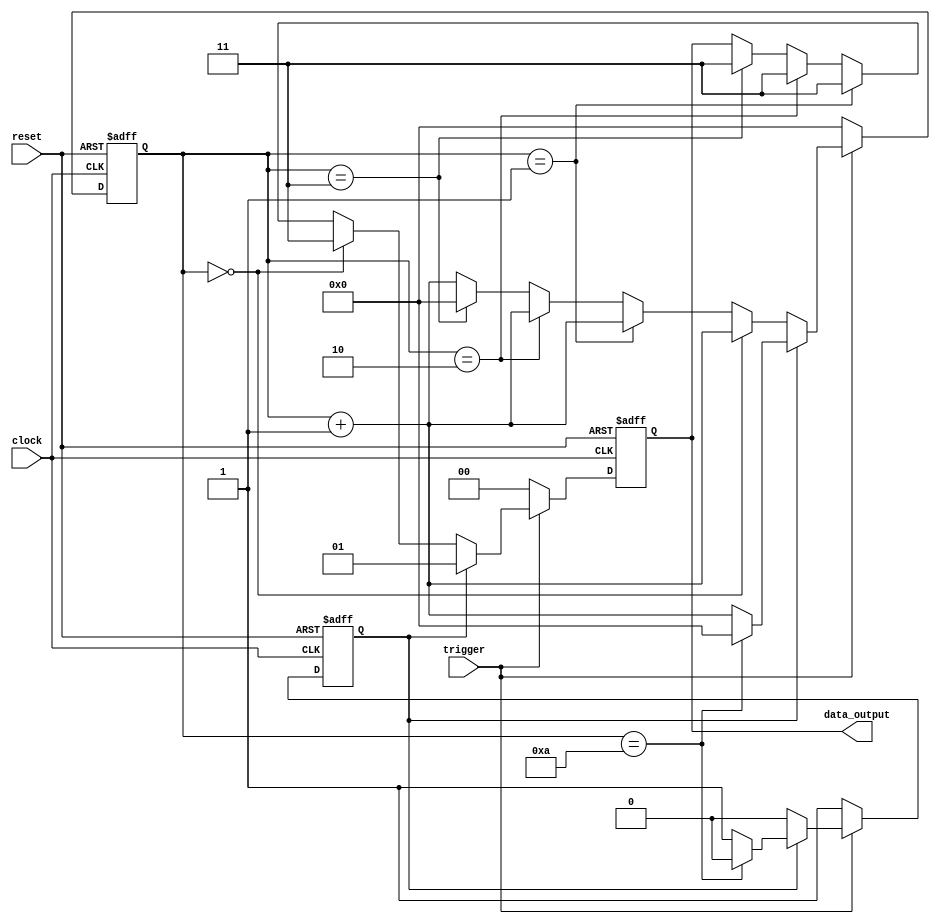
///////////////////////////////////////////////////////////////////////////////////////////////////
// Company: <Name>
//
// File history:
//      <Revision number>: <Date>: <Comments>
//      <Revision number>: <Date>: <Comments>
//      <Revision number>: <Date>: <Comments>
//
// Description: 
//
// <Description here>
//
// Targeted device: <Family::IGLOO> <Die::AGLN250V2> <Package::100 VQFP>
//
/////////////////////////////////////////////////////////////////////////////////////////////////// 
//`timescale <time_units> / <precision>

module data_dqpsk_generator( clock, reset, trigger, data_output );
input clock, reset, trigger;
output reg[1:0] data_output;

reg preamble;
reg[7:0] counter;

always @(posedge clock or negedge reset)
begin
    if (!reset)
    begin
        data_output <= 0;
        preamble <= 1;
        counter <= 0;
    end
    else
    begin
        if (trigger==1'b1)
        begin
            if (preamble==1)
            begin
                counter <= counter+1;
                if (counter==8'hA)
                begin
                    data_output <= 2'h1;
                    preamble <= 0;
                    counter <= 0;
                end
                else
                    data_output <= 2'h1;
            end
            else
            begin
                counter <= counter+1;
                if (counter==8'h0)
                    data_output <= 2'h3;
                else if (counter==8'h1)
                    data_output <= 2'h3;
                else if (counter==8'h2)
                    data_output <= 2'h3;
                else if (counter==8'h3)
                begin
                    data_output <= 2'h3;
                    counter <= 0;
                end
            end
        end
        else
        begin
            preamble <= 1;
            counter <= 0;
            data_output <= 2'h0;
        end
    end
end

endmodule